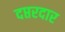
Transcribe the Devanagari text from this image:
दप्तरदार